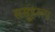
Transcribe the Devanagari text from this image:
समूहरूप